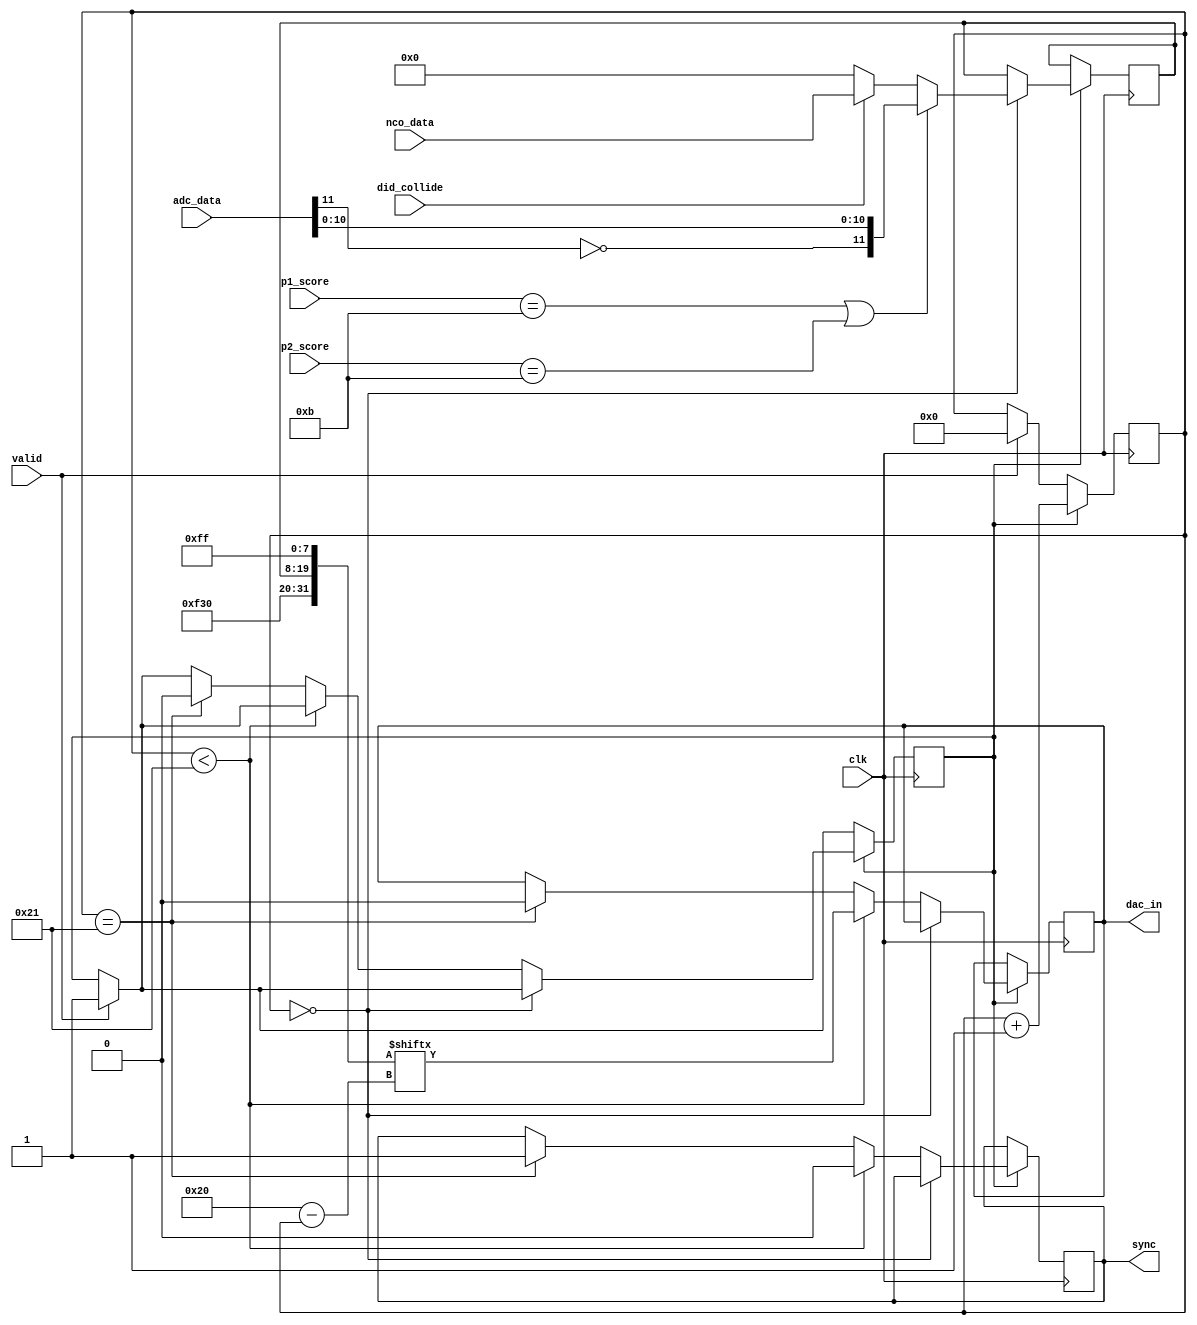
//Justin Lee (jpl88) and Ian Waldschmidt(isw5)
//Takes data from the NCO and ADC and determines what to send to the DAC
module to_dac(input clk, valid, did_collide, input [3:0] p1_score, p2_score, input [11:0] nco_data, adc_data,
				  output reg dac_in, sync);
	
	reg [31:0] shift_value;		//Parallel version of what will be shifted into the DAC
	reg [5:0] cycle;				//Determines which bit of shift_value should be shifted in
	reg enable;						//Makes sure the input is valid before sending to the DAC
	//Constant values 
	parameter commandBits = 4'b0011;
	parameter adressBits = 4'b0000;
	parameter randomBits = 4'b1111;
	
	initial begin
		cycle <= 6'd0;
		sync <= 1'b1;
		dac_in <= 1'b0;
		shift_value[31:20] = {randomBits, commandBits, adressBits};
		shift_value[7:0] = {randomBits, randomBits};
	end
	
	always @(posedge clk) begin
		//Make sure input is valid
		if(valid) begin
			enable <= 1'b1;
			cycle <= 6'd0;
		end
		if(enable) begin
			//Just starting cycle; figure out what data to feed in
			if(cycle == 6'b000000) begin
				//Game over; play ADC song
				if(p1_score == 4'd11 | p2_score == 4'd11) shift_value[19:8] <= {~adc_data[11], adc_data[10:0]};
				//Collided; play NCO tone
				else if(did_collide) shift_value[19:8] <= {nco_data};
				//No sound; feed in empty data
				else shift_value[19:8] <= {12'b0};
			end
			//In the middle of sending data in; keep sending data in
			else if(cycle < 6'd33) begin
				sync <= 1'b0;
				dac_in <= shift_value[6'd32 - cycle];
			end
			//Done sending data in; reset everything
			else if(cycle == 6'd33) begin
				sync <= 1'b1;
				dac_in <= 1'b0;
				enable <= 1'b0;
			end
			cycle <= cycle + 1'b1;
		end
	end
endmodule